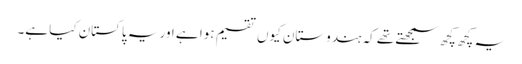
یہ کچھ کچھ سمجھتے تھے کہ ہندوستان کیوں تقسیم ہوا ہے اور یہ پاکستان کیا ہے۔